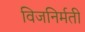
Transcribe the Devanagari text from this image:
विजनिर्मती